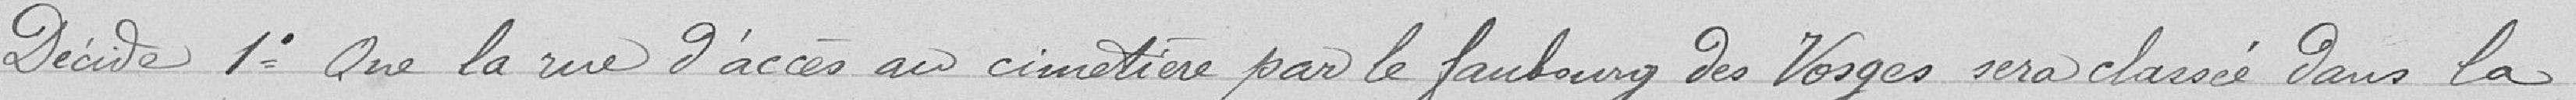
Décide 1° Que la rue d'accès au cimetière par le faubourg des Vosges sera classée dans la